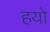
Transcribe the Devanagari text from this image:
हयो